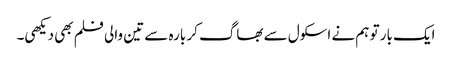
ایک بار تو ہم نے اسکول سے بھاگ کر بارہ سے تین والی فلم بھی دیکھی۔